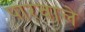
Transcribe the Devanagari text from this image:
पारवाले